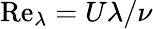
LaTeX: \mathrm{Re}_{\lambda}=U\lambda/\nu